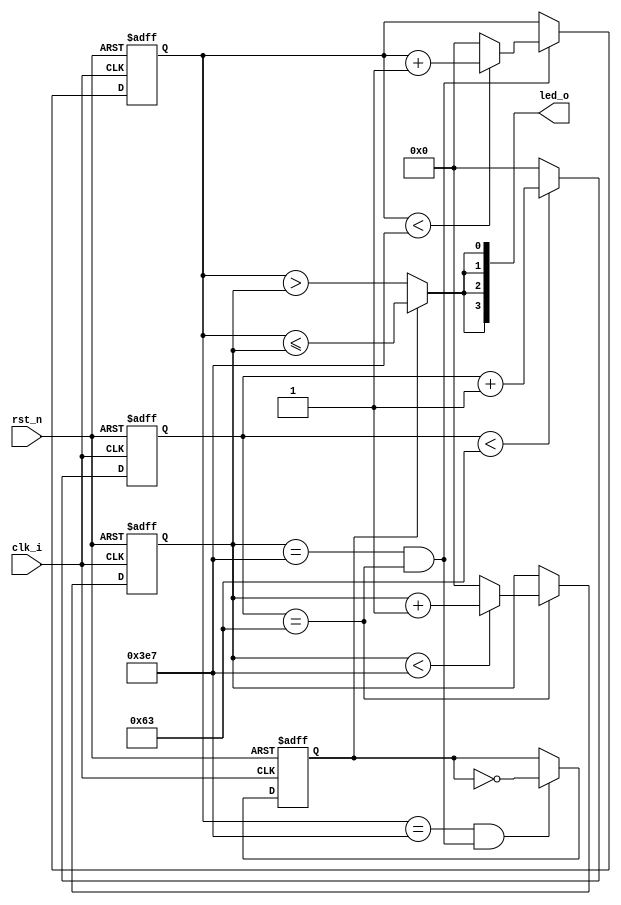
module pwm_breath
#(
    parameter   BRIGHT_division=1000,
    parameter   CLK_frequency=100_000_000//input clock freq
)
(
    input   clk_i,
    input   rst_n,
    output  [3:0] led_o
);
//******************<1us flag generator>********************************//
parameter   CLK_DIV_1u=CLK_frequency/1_000_000;//division coefficient
parameter   CNT_NUM_1u=CLK_DIV_1u-1;//cnt_1u upper limit
reg     [10:0]  cnt_1u;
wire    flag_1u;
always @(posedge clk_i or negedge rst_n) begin
    if(~rst_n)
        cnt_1u<=0;
    else 
        cnt_1u<=(cnt_1u<CNT_NUM_1u)?(cnt_1u+1):(0);
end
assign flag_1u=(cnt_1u==CNT_NUM_1u);
/////////////////////////////////////////


//******************<1us*BRIGHT_division flag generator>********************************//
parameter   CNT_NUM_1PWM=BRIGHT_division-1;//ONE PWM PAULSE period counter(CNT_NUM_1PWM*1us),counter upper limit stand for a pwm period
reg     [10:0]  cnt_1pwm;
wire    flag_1pwm;
always @(posedge clk_i or negedge rst_n) begin
    if(~rst_n)
        cnt_1pwm<=0;
    else if(flag_1u)
        cnt_1pwm<=(cnt_1pwm<CNT_NUM_1PWM)?(cnt_1pwm+1):(0);
    else
        cnt_1pwm<=cnt_1pwm;
end
assign flag_1pwm=(cnt_1pwm==CNT_NUM_1PWM)&(flag_1u);
//!!!note the flag_1pwm width is 1u rather than 1 clk_i
//!!!so we and it with signal flag_1u to slim it
//ensure every flag width is 1 clk_i period to avoid multiple trigger 
/////////////////////////////////////////


//******************<1us*BRIGHT_division**2 flag generator>********************************//
parameter   CNT_NUM_LED=BRIGHT_division-1;//the period counter that led truns from faint to shine(1us*CNT_NUM_1PWM**2)
reg     [10:0]  cnt_led;
wire    flag_led;
always @(posedge clk_i or negedge rst_n) begin
    if(~rst_n)
        cnt_led<=0;
    else if(flag_1pwm)
        cnt_led<=(cnt_led<CNT_NUM_LED)?(cnt_led+1):(0);
    else
        cnt_led<=cnt_led;
end
assign flag_led=(cnt_led==CNT_NUM_LED)&(flag_1pwm);//!!!note the flag_1pwm width is 1u rather than 1 clk_i
/////////////////////////////////////////

//******************<breath part:be bright then be faint>********************************//
reg breath;
always@(posedge clk_i or negedge rst_n)begin
    if(~rst_n)
        breath<=0;
    else if(flag_led)
        breath<=~breath;
end
/////////////////////////////////////////

//******************<pwm_output>********************************//
wire pwm_out;
assign pwm_out=breath?(cnt_led<=cnt_1pwm):(cnt_led>cnt_1pwm);
assign led_o={4{pwm_out}};
endmodule